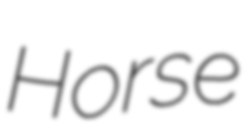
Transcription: Horse